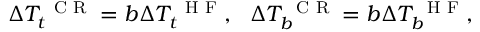
\Delta T _ { t } ^ { \mathrm { ~ \scriptsize ~ C ~ R ~ } } = b \Delta T _ { t } ^ { \mathrm { ~ \scriptsize ~ H ~ F ~ } } , \: \: \: \Delta T _ { b } ^ { \mathrm { ~ \scriptsize ~ C ~ R ~ } } = b \Delta T _ { b } ^ { \mathrm { ~ \scriptsize ~ H ~ F ~ } } ,